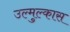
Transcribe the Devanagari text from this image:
उल्मुल्कास